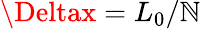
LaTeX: \Deltax=L_{0}/\mathbb{N}